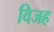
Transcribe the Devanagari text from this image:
विजह